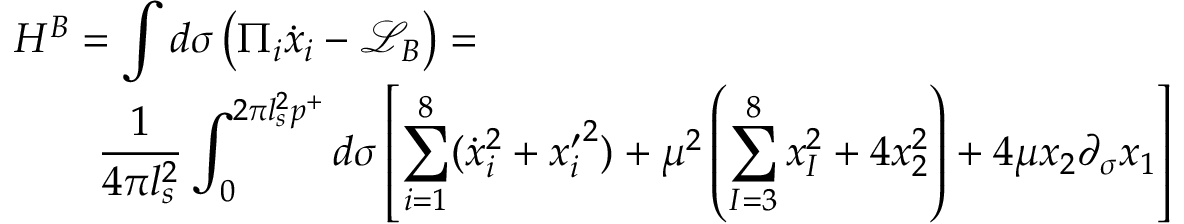
\begin{array} { l } { { \displaystyle { H ^ { B } = \int d \sigma \left( \Pi _ { i } \dot { x } _ { i } - \mathcal { L } _ { B } \right) = } } } \\ { { \displaystyle { \qquad \frac { 1 } { 4 \pi l _ { s } ^ { 2 } } \int _ { 0 } ^ { 2 \pi l _ { s } ^ { 2 } p ^ { + } } d \sigma \left[ \sum _ { i = 1 } ^ { 8 } ( { \dot { x } _ { i } } ^ { 2 } + { { x } _ { i } ^ { \prime } } ^ { 2 } ) + \mu ^ { 2 } \left( \sum _ { I = 3 } ^ { 8 } x _ { I } ^ { 2 } + 4 x _ { 2 } ^ { 2 } \right) + 4 \mu x _ { 2 } \partial _ { \sigma } x _ { 1 } \right] } } } \end{array}